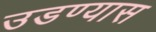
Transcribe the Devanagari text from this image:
उडण्यास